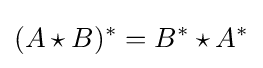
(A\star B)^{*}=B^{*}\star A^{*}